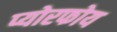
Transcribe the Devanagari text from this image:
प्योरफोय